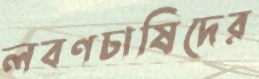
লবণচাষিদের